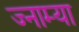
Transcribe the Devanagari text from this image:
ज्नाम्या